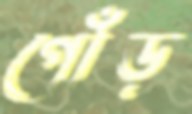
গোঁড়